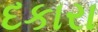
દકારા